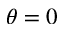
\theta = 0